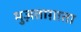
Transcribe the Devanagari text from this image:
मुज़ताग़ाता